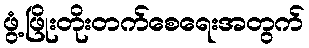
ဖွံ့ဖြိုးတိုးတက်စေရေးအတွက်